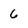
Character: 6